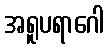
အရူပရာဂေါ